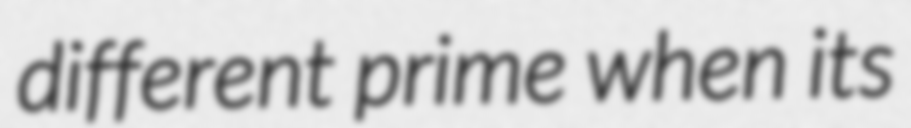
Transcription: different prime when its